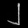
Digit: ၂